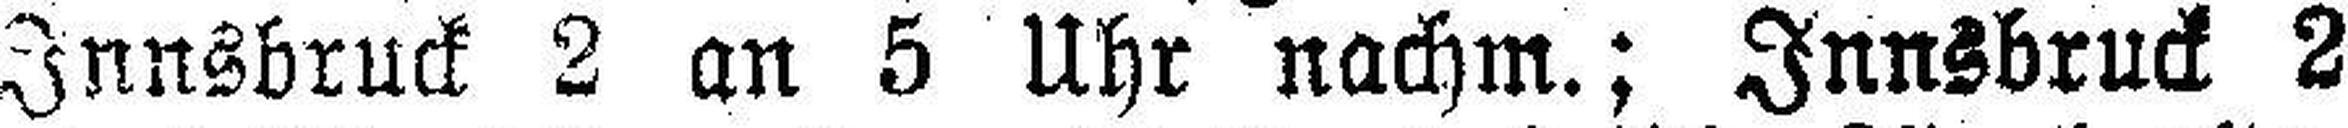
Innsbruck 2 an 5 Uhr nachm.; Innsbruck 2